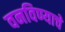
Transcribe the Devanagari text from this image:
वनविण्याचे